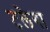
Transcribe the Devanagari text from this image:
टलेगा